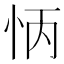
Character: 怲